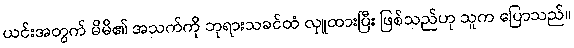
ယင်းအတွက် မိမိ၏ အသက်ကို ဘုရားသခင်ထံ လှူထားပြီး ဖြစ်သည်ဟု သူက ပြောသည်။